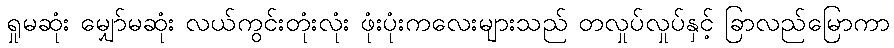
ရှုမဆုံး မျှော်မဆုံး လယ်ကွင်းတုံးလုံး ဖုံးပုံးကလေးများသည် တလှုပ်လှုပ်နှင့် ခြာလည်မြောကာ